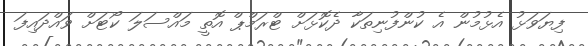
ފިޔަވަޅު އެޅުމުން އެ ކުންފުނިތަކާ ދެކޮޅަށް ޓްރަމްޕް އޮތީ މައްސަލަ ކޯޓަށް ވައްދައިފަ